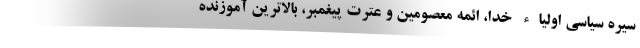
سیره سیاسی اولیاء خدا، ائمه معصومین و عترت پیغمبر، بالاترین آموزنده